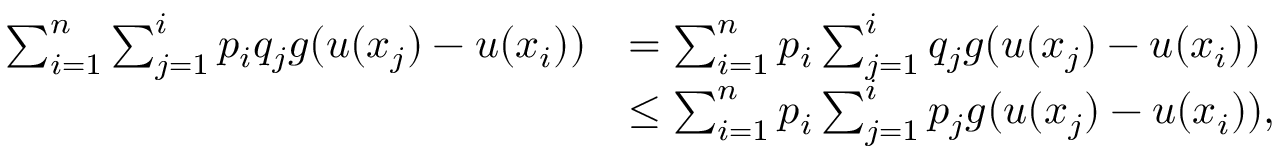
\begin{array} { r l } { \sum _ { i = 1 } ^ { n } \sum _ { j = 1 } ^ { i } p _ { i } q _ { j } g ( u ( x _ { j } ) - u ( x _ { i } ) ) } & { = \sum _ { i = 1 } ^ { n } p _ { i } \sum _ { j = 1 } ^ { i } q _ { j } g ( u ( x _ { j } ) - u ( x _ { i } ) ) } \\ & { \leq \sum _ { i = 1 } ^ { n } p _ { i } \sum _ { j = 1 } ^ { i } p _ { j } g ( u ( x _ { j } ) - u ( x _ { i } ) ) , } \end{array}